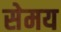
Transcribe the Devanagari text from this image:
सेमय